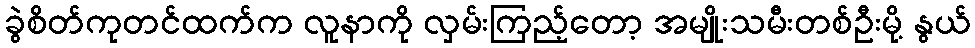
ခွဲစိတ်ကုတင်ထက်က လူနာကို လှမ်းကြည့်တော့ အမျိုးသမီးတစ်ဦးမို့ နွယ်